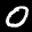
Label: 0